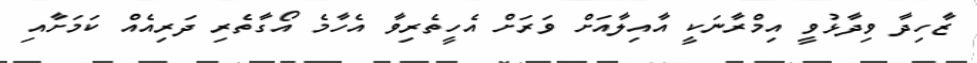
ޒާހިދާ ވިދާޅުވީ އިމްރާނަކީ އާއިލާއަށް ވަރަށް އެހީތެރިވާ އެހާމެ އޯގާތެރި ދަރިއެއް ކަމަށާއި